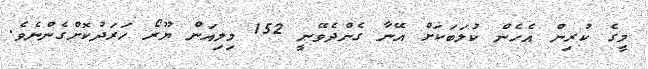
މީގެ ކުރިން އެހެން ކުލަބަކަށް އޭނާ ގެންދެވޭނީ 152 މިލިއަން ޔޫރޯ ހަރަދުކޮށްގެންނެވެ.